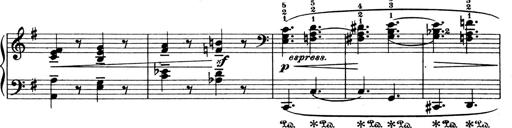
Title: 4 Sonatines
Composer: Max Reger